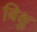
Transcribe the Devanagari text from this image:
बिक्षु